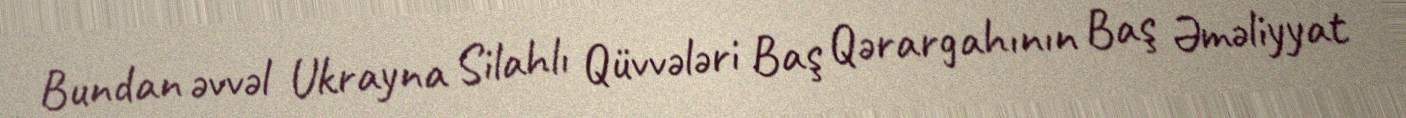
Bundan əvvəl Ukrayna Silahlı Qüvvələri Baş Qərargahının Baş Əməliyyat